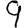
Digit: 9